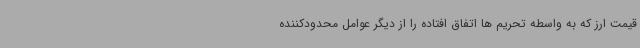
قیمت ارز که به واسطه تحریم ها اتفاق افتاده را از دیگر عوامل محدودکننده